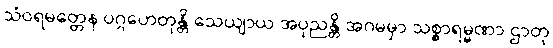
သံဝရမတ္တေန ပဂ္ဂဟေတုန္တိ သေယျာယ အပုညန္တိ အဂမမှာ သစ္စာရမ္မဏာ ဌာတု